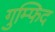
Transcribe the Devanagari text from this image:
गुम्फिद